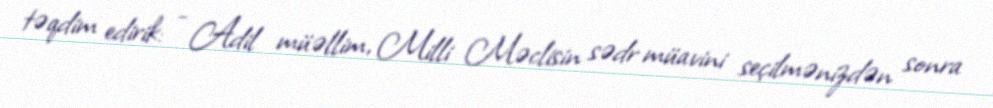
təqdim edirik: - Adil müəllim, Milli Məclisin sədr müavini seçilmənizdən sonra